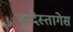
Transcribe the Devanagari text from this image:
बुन्देस्तागेस